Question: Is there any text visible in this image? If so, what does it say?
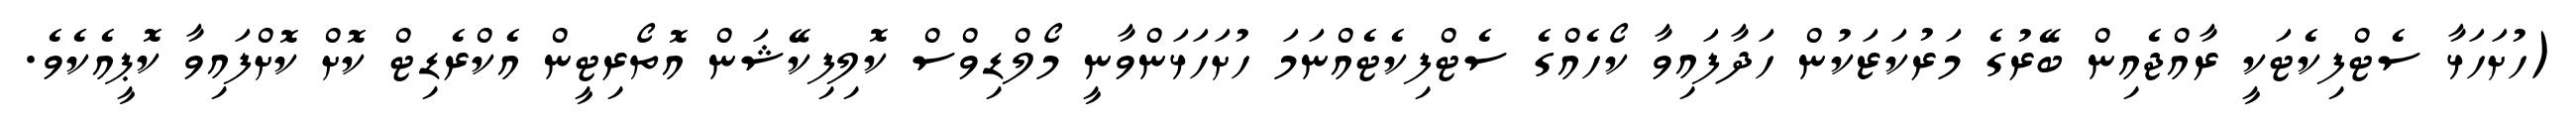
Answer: (ހުށަހަޅާ ސެޓްފިކެޓަކީ ރާއްޖެއިން ބޭރުގެ މަރުކަޒަކުން ހަދާފައިވާ ކޯހެއްގެ ސެޓްފިކެޓެއްނަމަ ހުށަހަޅަންވާނީ މޯލްޑިވްސް ކޮލިފިކޭޝަން އޮތޯރިޓީން އެކްރެޑިޓް ކޮށް ކޮށްފައިވާ ކޮޕީއެކެވެ.